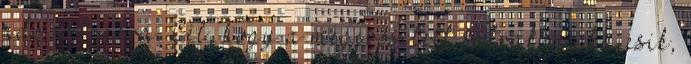
adó sátrakra. Cél, hogy a megerősített sátrakban ha esik,